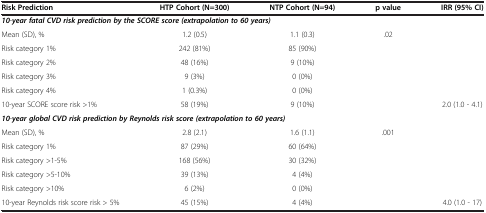
| Risk Prediction | HTP Cohort (N=300) | NTP Cohort (N=94) | p value | IRR (95% CI) |
 | --- | --- | --- | --- | --- |
 | <COLSPAN=5> 10-year fatal CVD risk prediction by the SCORE score (extrapolation to 60 years) |
 | Mean (SD), % | 1.2 (0.5) | 1.1 (0.3) | <ROWSPAN=5> .02 | <ROWSPAN=5>  |
 | Risk category 1% | 242 (81%) | 85 (90%) |
 | Risk category 2% | 48 (16%) | 9 (10%) |
 | Risk category 3% | 9 (3%) | 0 (0%) |
 | Risk category 4% | 1 (0.3%) | 0 (0%) |
 | 10-year SCORE score risk >1% | 58 (19%) | 9 (10%) |  | 2.0 (1.0 - 4.1) |
 | <COLSPAN=5> 10-year global CVD risk prediction by Reynolds risk score (extrapolation to 60 years) |
 | Mean (SD), % | 2.8 (2.1) | 1.6 (1.1) | <ROWSPAN=5> .001 | <ROWSPAN=5>  |
 | Risk category 1% | 87 (29%) | 60 (64%) |
 | Risk category >1-5% | 168 (56%) | 30 (32%) |
 | Risk category >5-10% | 39 (13%) | 4 (4%) |
 | Risk category >10% | 6 (2%) | 0 (0%) |
 | 10-year Reynolds risk score risk > 5% | 45 (15%) | 4 (4%) |  | 4.0 (1.0 - 17) |